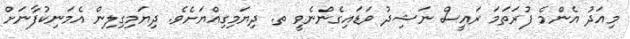
މިއަދު އެންމެ ފުރަތަމަ ރައީސް ނަޝިދު ވަޑައިގެންނެވީ ތ. ދިޔަމިގިއްޔަށެވެ. ދިޔަމިގިލިން އެމަނިކުފާނަށް